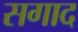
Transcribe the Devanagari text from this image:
सगाद